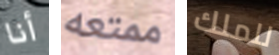
أنا ممتعه للملك